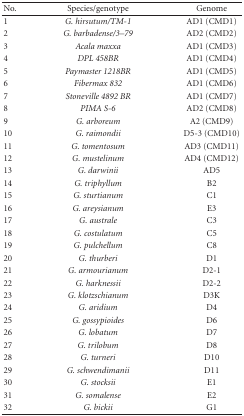
<table><thead><tr><td><b> No.</b></td><td><b>Species/genotype</b></td><td><b>Genome</b></td></tr></thead><tbody><tr><td>1</td><td><i>G. hirsutum/TM-1</i></td><td>AD1 (CMD1)</td></tr><tr><td>2</td><td><i>G. barbadense/3–79</i></td><td>AD2 (CMD2)</td></tr><tr><td>3</td><td><i>Acala maxxa</i></td><td>AD1 (CMD3)</td></tr><tr><td>4</td><td><i>DPL 458BR</i></td><td>AD1 (CMD4)</td></tr><tr><td>5</td><td><i>Paymaster 1218BR</i></td><td>AD1 (CMD5)</td></tr><tr><td>6</td><td><i>Fibermax 832</i></td><td>AD1 (CMD6)</td></tr><tr><td>7</td><td><i>Stoneville 4892 BR</i></td><td>AD1 (CMD7)</td></tr><tr><td>8</td><td><i>PIMA S-6</i></td><td>AD2 (CMD8)</td></tr><tr><td>9</td><td><i>G. arboreum</i></td><td>A2 (CMD9)</td></tr><tr><td>10</td><td><i>G. raimondii</i></td><td>D5-3 (CMD10)</td></tr><tr><td>11</td><td><i>G. tomentosum</i></td><td>AD3 (CMD11)</td></tr><tr><td>12</td><td><i>G. mustelinum</i></td><td>AD4 (CMD12)</td></tr><tr><td>13</td><td><i>G. darwinii</i></td><td>AD5</td></tr><tr><td>14</td><td><i>G. triphyllum</i></td><td>B2</td></tr><tr><td>15</td><td><i>G. sturtianum</i></td><td>C1</td></tr><tr><td>16</td><td><i>G. areysianum</i></td><td>E3</td></tr><tr><td>17</td><td><i>G. australe</i></td><td>C3</td></tr><tr><td>18</td><td><i>G. costulatum</i></td><td>C5</td></tr><tr><td>19</td><td><i>G. pulchellum</i></td><td>C8</td></tr><tr><td>20</td><td><i>G. thurberi</i></td><td>D1</td></tr><tr><td>21</td><td><i>G. armourianum</i></td><td>D2-1</td></tr><tr><td>22</td><td><i>G. harknessii</i></td><td>D2-2</td></tr><tr><td>23</td><td><i>G. klotzschianum</i></td><td>D3K</td></tr><tr><td>24</td><td><i>G. aridium</i></td><td>D4</td></tr><tr><td>25</td><td><i>G. gossypioides</i></td><td>D6</td></tr><tr><td>26</td><td><i>G. lobatum</i></td><td>D7</td></tr><tr><td>27</td><td><i>G. trilobum</i></td><td>D8</td></tr><tr><td>28</td><td><i>G. turneri</i></td><td>D10</td></tr><tr><td>29</td><td><i>G. schwendimanii</i></td><td>D11</td></tr><tr><td>30</td><td><i>G. stocksii</i></td><td>E1</td></tr><tr><td>31</td><td><i>G. somalense</i></td><td>E2</td></tr><tr><td>32</td><td><i>G. bickii</i></td><td>G1</td></tr></tbody></table>